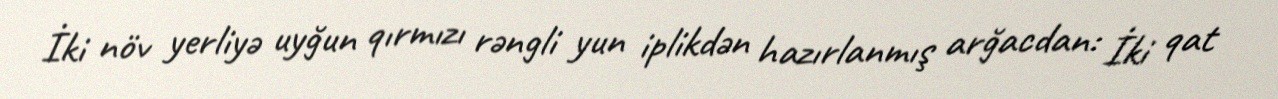
İki növ yerliyə uyğun qırmızı rəngli yun iplikdən hazırlanmış arğacdan: İki qat